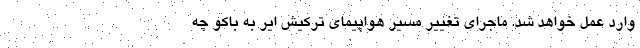
وارد عمل خواهد‌ شد. ماجرای تغییر مسیر هواپیمای ترکیش ایر به باکو چه